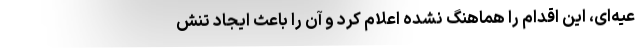
عیه‌ای، این اقدام را هماهنگ نشده اعلام کرد و آن را باعث ایجاد تنش